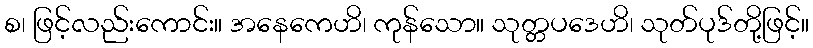
စ၊ ဖြင့်လည်းကောင်း။ အနေကေဟိ၊ ကုန်သော။ သုတ္တပဒေဟိ၊ သုတ်ပုဒ်တို့ဖြင့်။